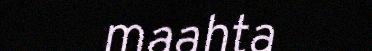
maahta